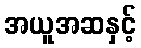
အယူအဆနှင့်